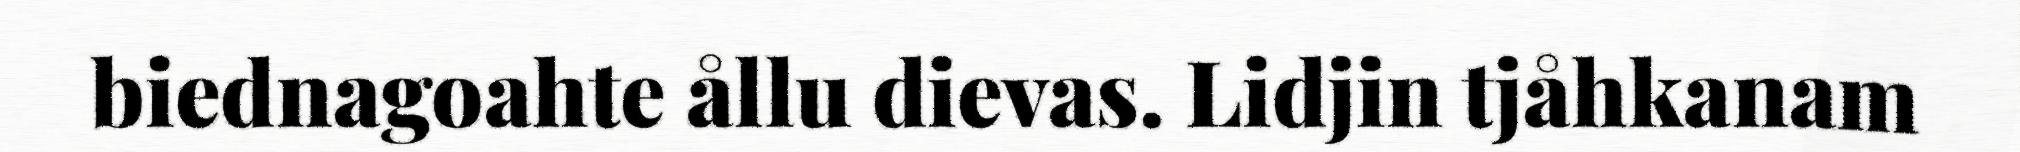
biednagoahte ållu dievas. Lidjin tjåhkanam